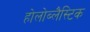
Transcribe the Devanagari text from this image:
होलोब्लैस्टिक